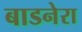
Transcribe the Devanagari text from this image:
बाडनेरा